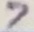
Text: 7